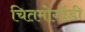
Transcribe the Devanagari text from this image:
चितमोगोंडी